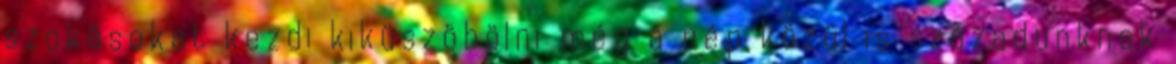
szokásokat kezdi kiküszöbölni még a nép közül is századunknak